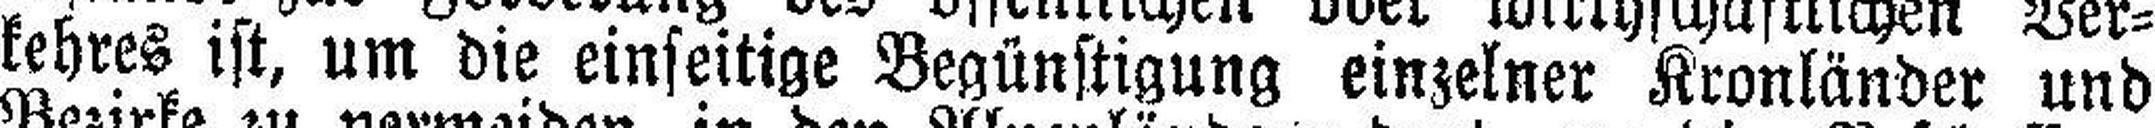
kehres ist, um die einseitige Begünstigung einzelner Kronländer und